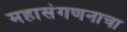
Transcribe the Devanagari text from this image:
महासंगणनाचा